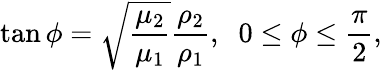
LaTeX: \tan\phi=\sqrt{\frac{\mu_{2}}{\mu_{1}}}\frac{\rho_{2}}{\rho_{1}},\; \; 0\leq\phi\leq\frac{\pi}{2},